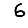
Digit: 6